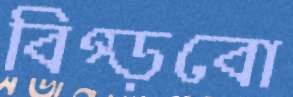
বিগ্‌ড়বো